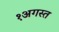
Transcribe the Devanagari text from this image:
१अगस्त